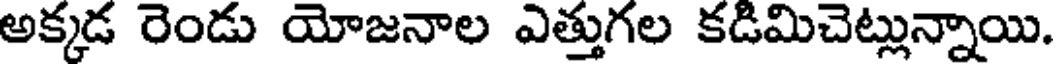
అక్కడ రెండు యోజనాల ఎత్తుగల కడిమిచెట్లున్నాయి.